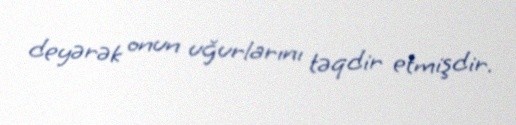
deyərək onun uğurlarını təqdir etmişdir.